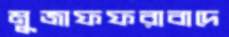
মুজাফফরাবাদে